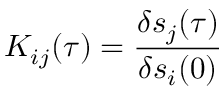
K _ { i j } ( \tau ) = \frac { \delta s _ { j } ( \tau ) } { \delta s _ { i } ( 0 ) }